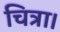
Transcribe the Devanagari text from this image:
चित्रा।